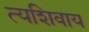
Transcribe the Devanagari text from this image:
त्यशिवाय